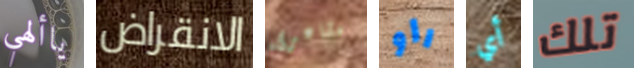
ياألهي الانقراض مشاعرى راو أي تلك